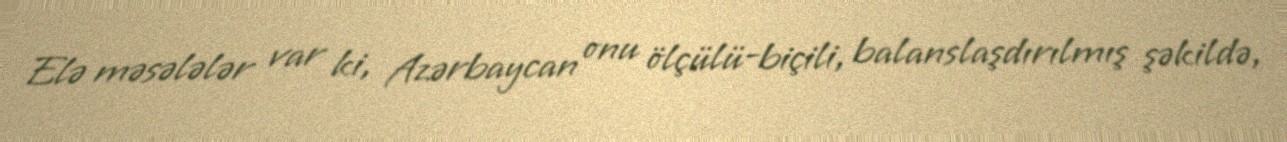
Elə məsələlər var ki, Azərbaycan onu ölçülü-biçili, balanslaşdırılmış şəkildə,